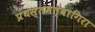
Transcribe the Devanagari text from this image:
प्रथस्तमत्वागिरा